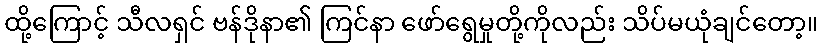
ထို့ကြောင့် သီလရှင် ဗန်ဒိုနာ၏ ကြင်နာ ဖော်ရွေမှုတို့ကိုလည်း သိပ်မယုံချင်တော့။